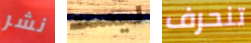
نشر ليست تنحرف